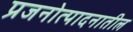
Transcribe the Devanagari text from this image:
प्रजनोत्पादनातील